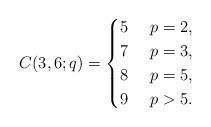
LaTeX: \begin{align*}C(3,6;q)=\begin{cases}5&\ p=2,\cr7&\ p=3,\cr8&\ p=5,\cr9&\ p>5.\end{cases}\end{align*}